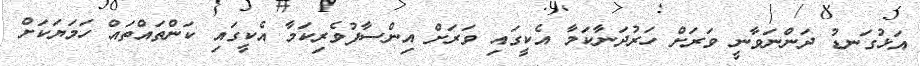
އަޅުގަނޑު ދަންނަވާނީ ވަރަށް ހަރުދަނާކަމާ އެކީގައި ވަރަށް އިންސާފުވެރިކަމާ އެކީގައި ކަންތައްތައް ހަމަޔަކަށް